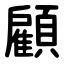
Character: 顧